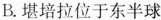
B.堪培拉位于东半球